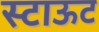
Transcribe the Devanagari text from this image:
स्टाऊट